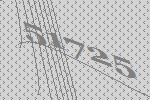
51725